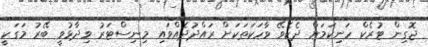
ޖޮގިން ޓުރެކް ހަނިކަމަށް ދެކެވޭ ވާހަކަތަކަށް ރައްދުދެއްވައި މިނިސްޓަރު ވިދާޅުވީ ބޭރު މަގަކީ